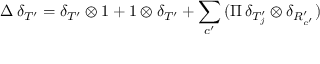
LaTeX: \Delta \, \delta _ { T ^ { \prime } } = \delta _ { T ^ { \prime } } \otimes 1 + 1 \otimes \delta _ { T ^ { \prime } } + \sum _ { c ^ { \prime } } \, ( \Pi \, \delta _ { T _ { j } ^ { \prime } } \otimes \delta _ { R _ { c ^ { \prime } } ^ { \prime } } )